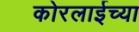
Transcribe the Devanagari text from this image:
कोरलाईच्या